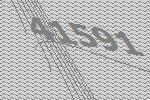
41591